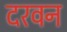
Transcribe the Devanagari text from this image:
दरवन